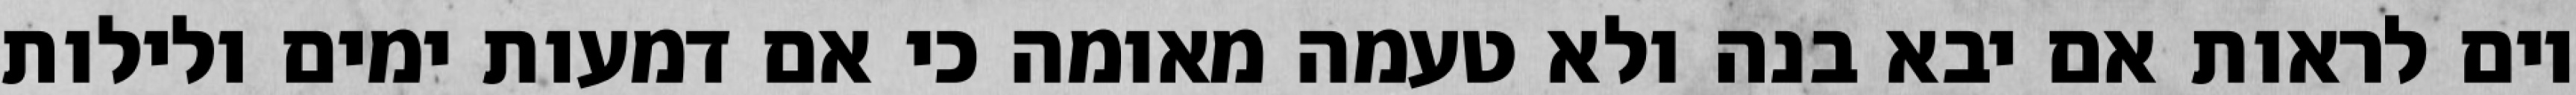
יום לראות אם יבא בנה ולא טעמה מאומה כי אם דמעות ימים ולילות